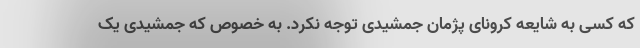
که کسی به شایعه کرونای پژمان جمشیدی توجه نکرد. به خصوص که جمشیدی یک